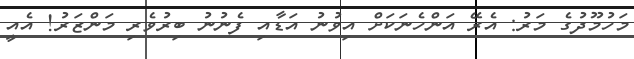
މަހުމޫދުގެ މަރު: އެރޭ އަންހެނަކަށް އިވުނު އަޑާއި ފެނުނު ބިރުވެރި މަންޒަރު! އެއީ